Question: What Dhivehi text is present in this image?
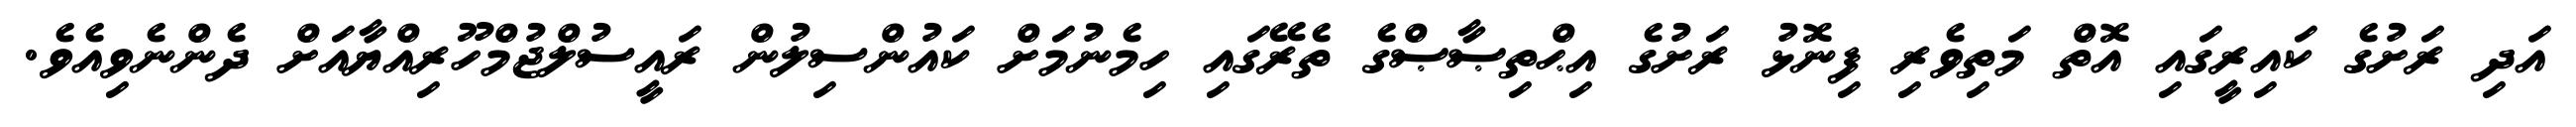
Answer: އަދި ރަށުގެ ކައިރީގައި އޮތް މަތިވެރި ފިނޮޅު ރަށުގެ އިޙްތިޞާޞްގެ ތެރޭގައި ހިމެނުމަށް ކައުންސިލުން ރައީސުލްޖުމްހޫރިއްޔާއަށް ދެންނެވިއެވެ.